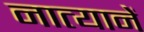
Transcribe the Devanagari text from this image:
नात्यानें